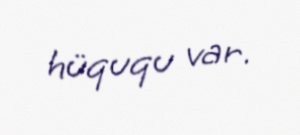
hüququ var.